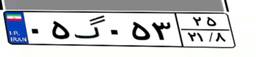
۰۵گ۰۵۳۲۵